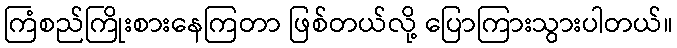
ကြံစည်ကြိုးစားနေကြတာ ဖြစ်တယ်လို့ ပြောကြားသွားပါတယ်။